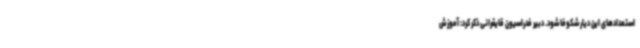
استعدادهای این دیار شکوفا شود. دبیر فدراسیون قایقرانی ذکر کرد: آموزش